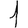
Digit: 1